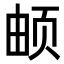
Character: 𬱖